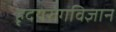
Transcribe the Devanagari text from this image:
हृदयरोगविज्ञान